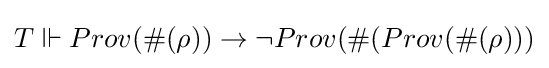
T\Vdash Prov(\#(\rho ))\rightarrow \neg Prov(\#(Prov(\#(\rho )))